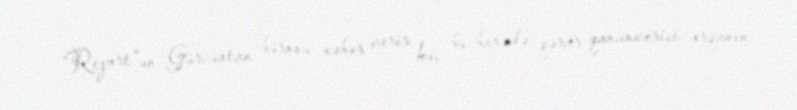
“Report”un Gürcüstan bürosu xəbər verir ki, bu barədə qərar qanunverici orqanın